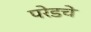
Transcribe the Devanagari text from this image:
परेडचे